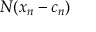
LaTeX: N ( x _ { n } - c _ { n } )